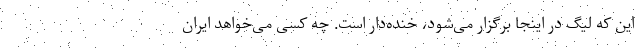
این که لیگ در اینجا برگزار می‌شود، خنده‌دار است. چه کسی می‌خواهد ایران